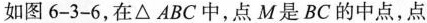
如图6-3-6，在△ABC中，点M是BC的中点，点